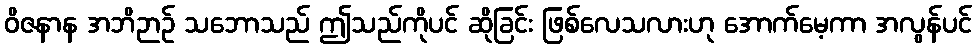
ဝိဇနာန အဘိဉာဉ် သဘောသည် ဤသည်ကိုပင် ဆိုခြင်း ဖြစ်လေသလားဟု အောက်မေ့ကာ အလွန်ပင်